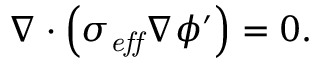
\nabla \cdot \left( \sigma _ { \it e f f } \nabla \phi ^ { \prime } \right) = 0 .